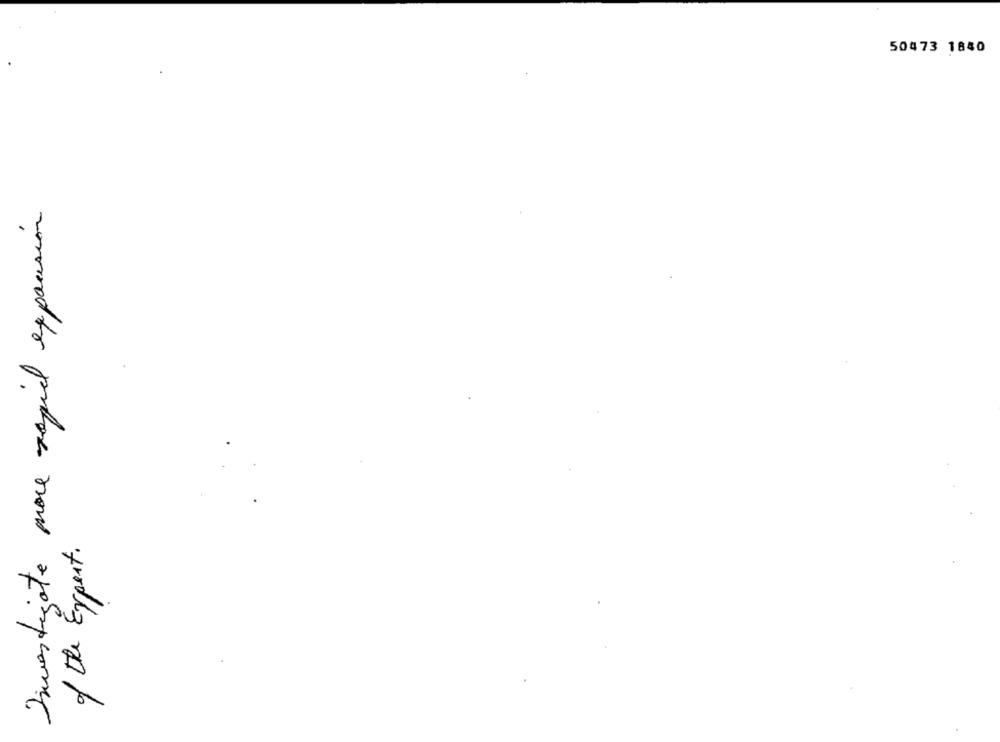
50473 1840
Investigate more rapid expansión
of the Expert.